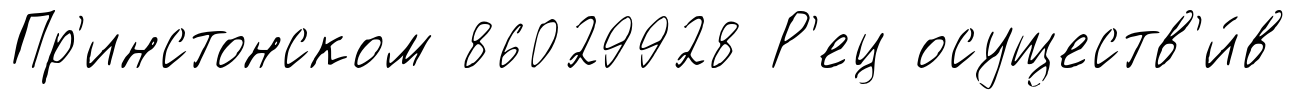
Пр'инстонском 86029928 Р'ец осуществ'и́в